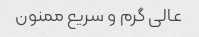
عالی گرم و سریع ممنون